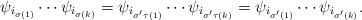
LaTeX: \begin{align*} \psi_{i_{\sigma(1)}}\cdots\psi_{i_{\sigma(k)}}= \psi_{i_{\sigma'\tau(1)}}\cdots\psi_{i_{\sigma'\tau(k)}}= \psi_{i_{\sigma'(1)}}\cdots\psi_{i_{\sigma'(k)}}.\end{align*}